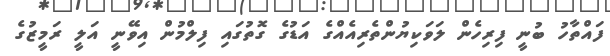
ފައްތާހު ބުނީ ފިރިހެން ލަވަކިޔުންތެރިއެއްގެ އަޑުގެ ގޮތުގައި ފިލްމުން އިވޭނީ އަލީ ރަމީޒުގެ